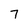
Character: 7